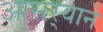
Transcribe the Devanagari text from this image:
आसर्‍याने